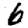
Digit: 6